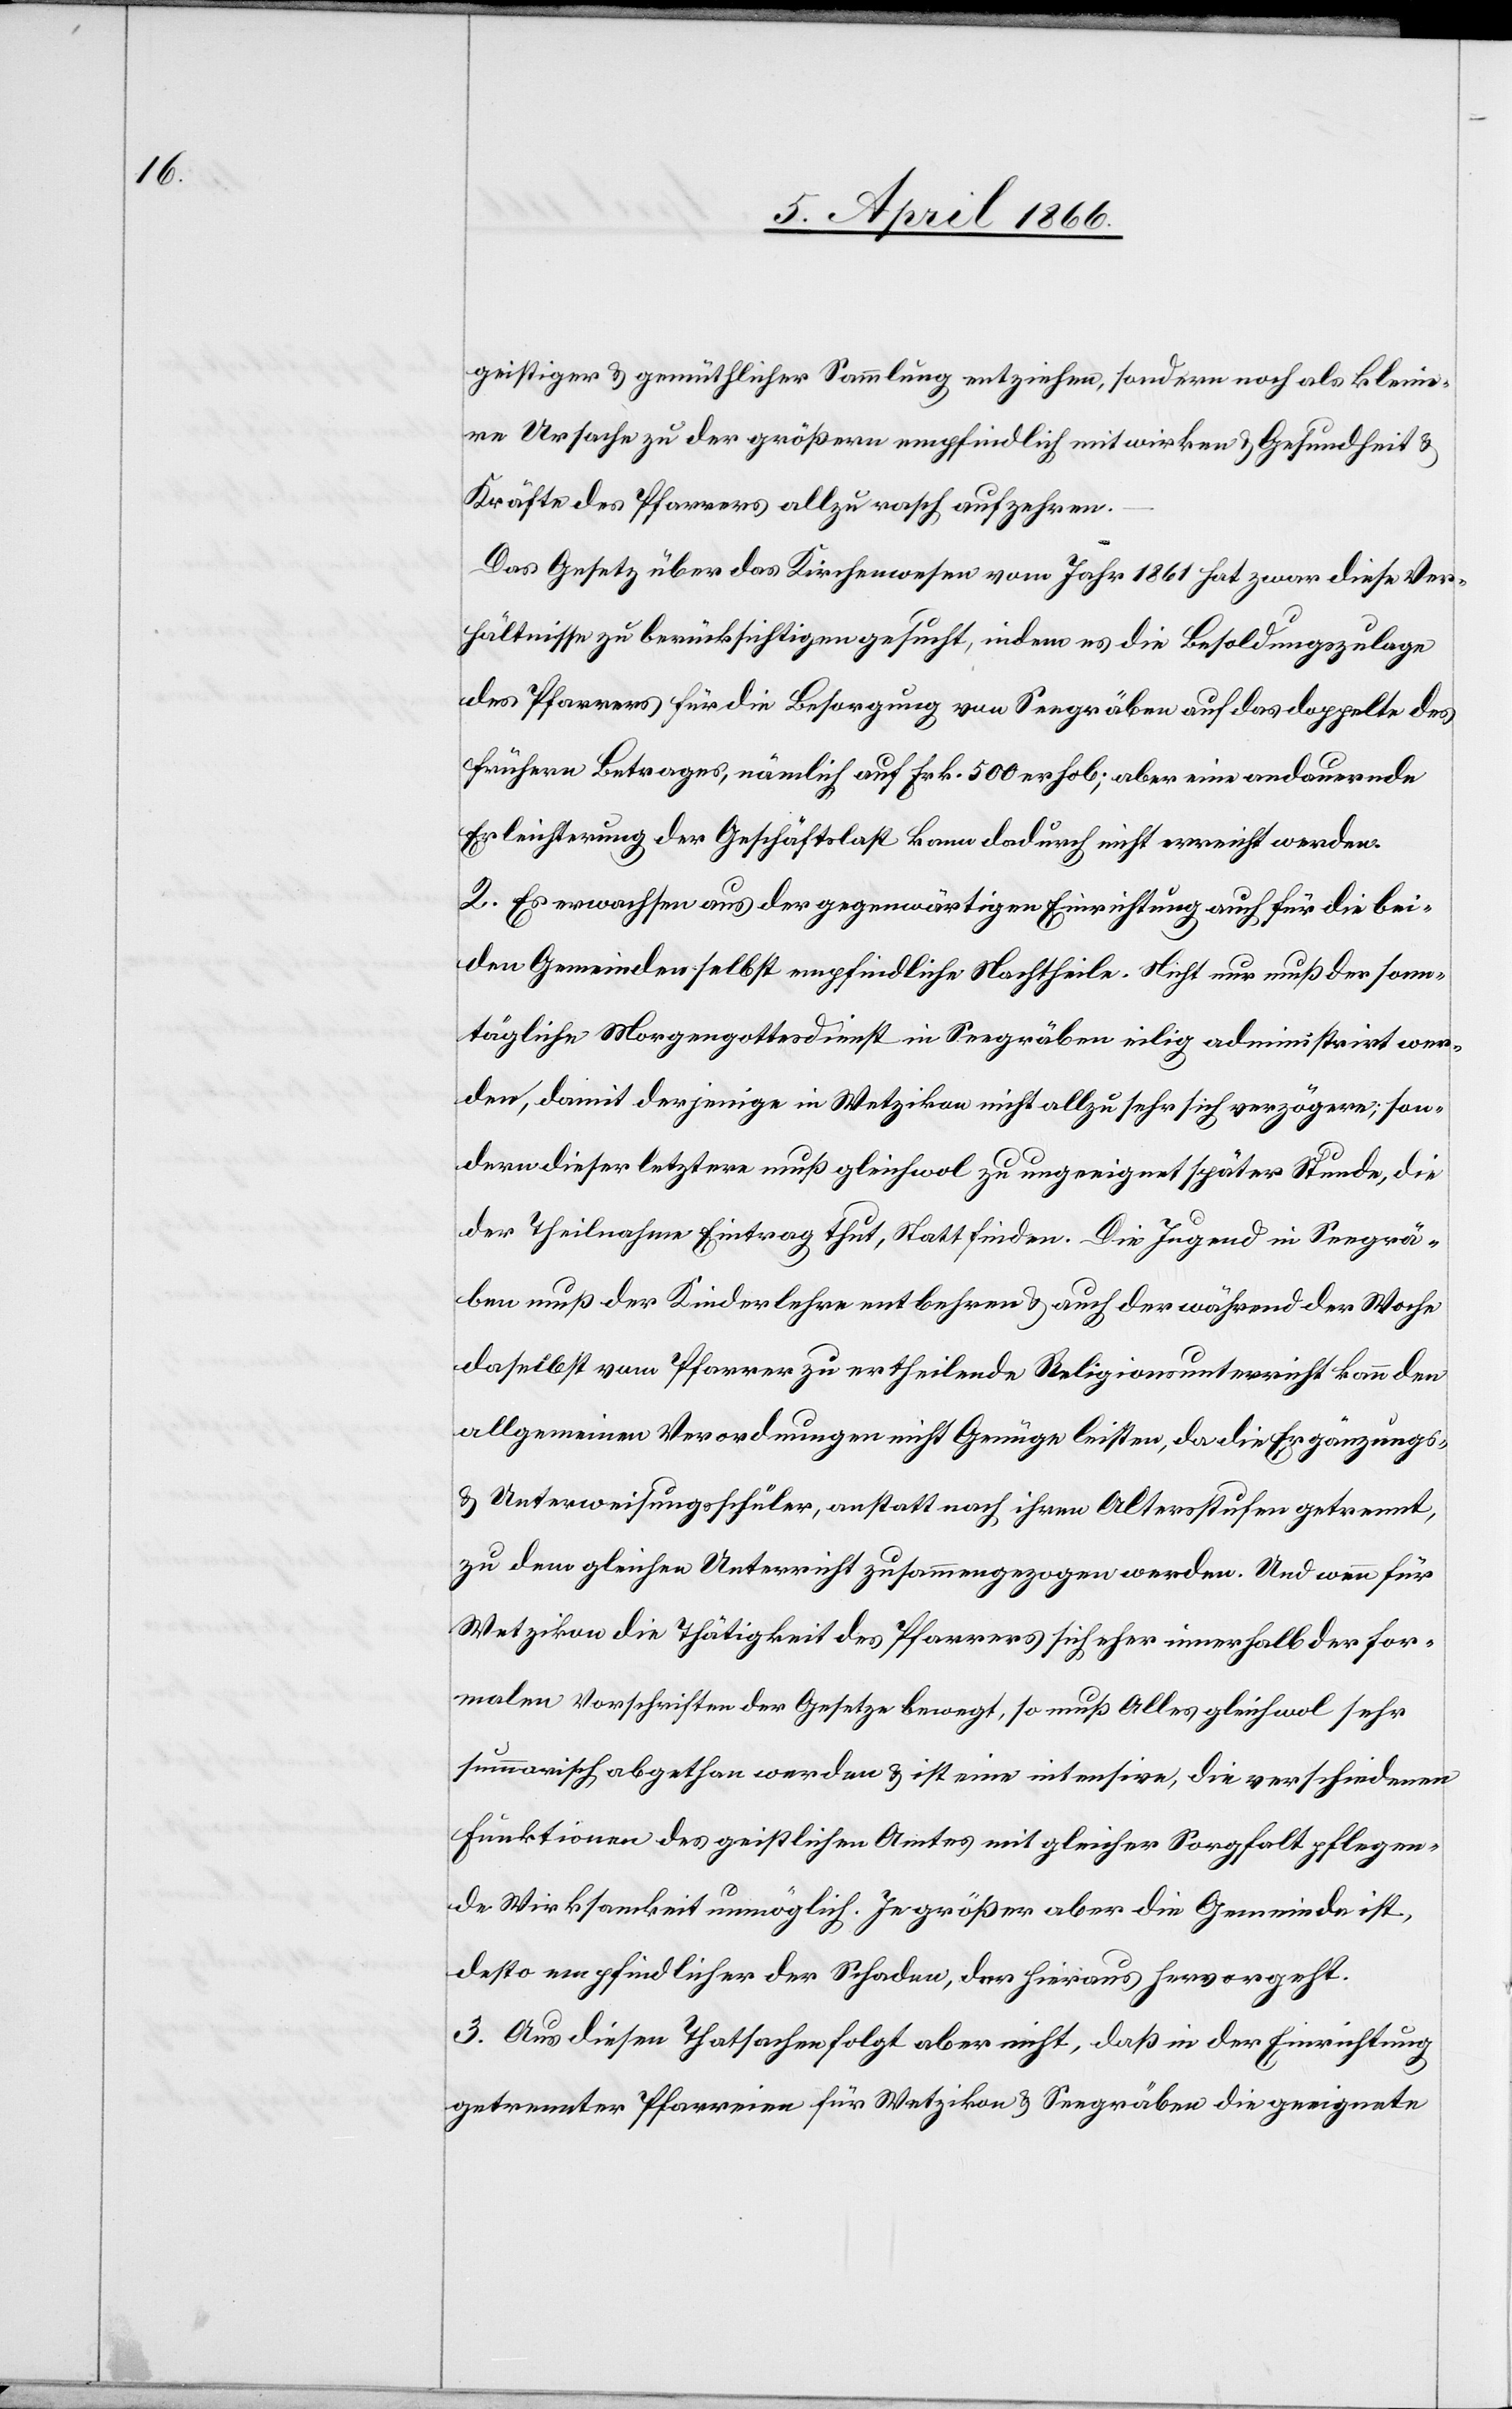
geistiger u. gemüthlicher Sammlung entziehen, sondern noch als kleine¬
re Ursache zu der größern empfindlich mitwirken u. Gesundheit u.
Kräfte des Pfarrers allzu rasch aufzehren.
Das Gesetz über das Kirchenwesen vom Jahr 1861 hat zwar diese Ver¬
hältnisse zu berücksichtigen gesucht, indem es die Besoldungszulage
des Pfarrers für die Besorgung von Seegräben auf das doppelte des
frühern Betrages, nämlich auf Frk. 500 erhob; aber eine andauernde
Erleichterung der Geschäftslast kann dadurch nicht erreicht werden.
2. Es erwachsen aus der gegenwärtigen Einrichtung auch für die bei¬
den Gemeinden selbst empfindliche Nachtheile. Nicht nur muß der sonn¬
tägliche Morgengottesdienst in Seegräben eilig administrirt wer¬
den, damit derjenige in Wetzikon nicht allzu sehr sich verzögere; son¬
dern dieser letzter muß gleichwol zu ungeeignet später Stunde, die
der Theilnahme Eintrag thut, statt finden. Die Jugend in Seegrä¬
ben muß der Kinderlehre entbehren u. auch der während der Woche
daselbst vom Pfarrer zu ertheilende Religionsunterricht kann den
allgemeinen Verordnungen nicht Genüge leisten, da die Ergänzungs-
u. Unterweisungsschüler, anstatt nach ihren Altersstufen getrennt,
zu dem gleichen Unterricht zusammengezogen werden. Und wenn für
Wetzikon die Thätigkeit des Pfarrers sich eher innerhalb der for¬
malen Vorschriften der Gesetzte bewegt, so muß Alles gleichwol sehr
summarisch abgethan werden u. ist eine intensive, die verschiedenen
Funktionen des geistlichen Amtes mit gleicher Sorgfalt pflegen¬
de Wirksamkeit unmöglich. Je größer aber die Gemeinde ist,
desto empfindlicher der Schaden, der hieraus hervorgeht.
3. Aus diesen Thatsachen folgt aber nicht, daß in der Einrichtung
getrennter Pfarreien für Wetzikon u. Seegräben die geeignete